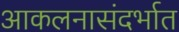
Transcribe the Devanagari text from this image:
आकलनासंदर्भात